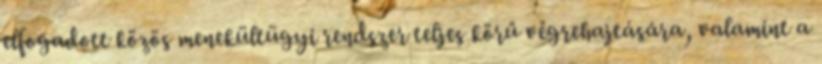
elfogadott közös menekültügyi rendszer teljes körű végrehajtására, valamint a